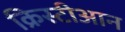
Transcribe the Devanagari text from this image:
क्रिस्टीआन